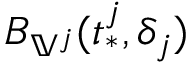
B _ { \mathbb { V } ^ { j } } ( t _ { * } ^ { j } , \delta _ { j } )